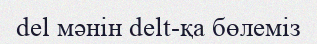
del мәнін delt-қа бөлеміз